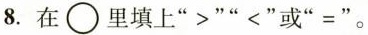
8.在\bigcirc 里填上”>””<”或”=”。